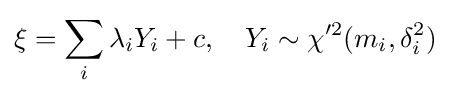
\xi =\sum _{i}\lambda _{i}Y_{i}+c,\quad Y_{i}\sim \chi '^{2}(m_{i},\delta _{i}^{2})